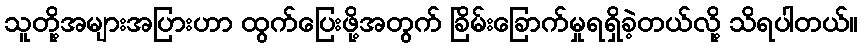
သူတို့အများအပြားဟာ ထွက်ပြေးဖို့အတွက် ခြိမ်းခြောက်မှုရရှိခဲ့တယ်လို့ သိရပါတယ်။